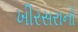
ખીરસરાનો